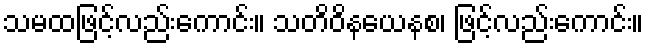
သမထဖြင့်လည်းကောင်း။ သတိဝိနယေနစ၊ ဖြင့်လည်းကောင်း။